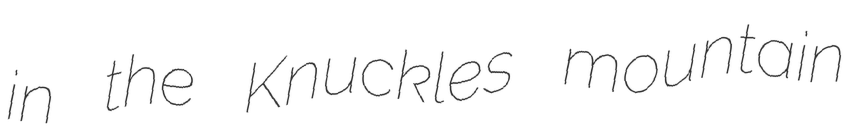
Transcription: in the Knuckles mountain